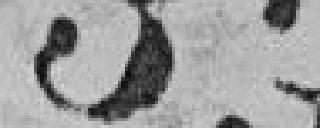
ment si importantes d'hygiène et de construction d'écoles